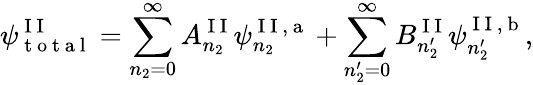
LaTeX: \psi_{\mathrm{~t~o~t~a~l~}}^{\mathrm{~I~I~}}=\sum_{n_{2}=0}^{\infty}A_{n_{2}}^{\mathrm{~I~I~}}\psi_{n_{2}}^{\mathrm{~I~I~,~a~}}+\sum_{n_{2}^{\prime}=0}^{\infty}B_{n_{2}^{\prime}}^{\mathrm{~I~I~}}\psi_{n_{2}^{\prime}}^{\mathrm{~I~I~,~b~}},